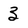
Character: 3